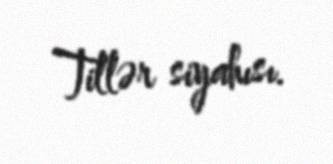
Tillər siyahısı.